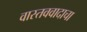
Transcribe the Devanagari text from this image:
वास्तववादाचा